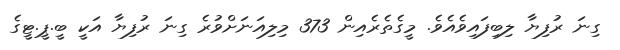
ގިނަ ރުފިޔާ ލިބިފައިވެއެވެ. މީގެތެރެއިން 373 މިލިއަނަށްވުރެ ގިނަ ރުފިޔާ އަކީ ބީ.ޕީ.ޓީގެ